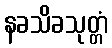
နခသိခသုတ္တံ